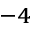
^ { - 4 }